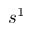
s ^ { 1 }